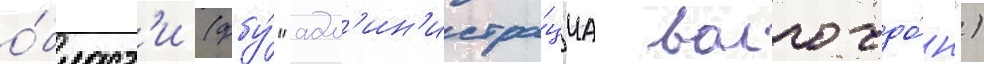
о́бласт'и (фбу́ "адм'ин'истра́циа волго-до́н")